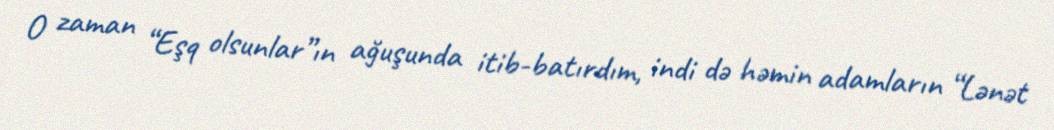
O zaman “Eşq olsunlar”ın ağuşunda itib-batırdım, indi də həmin adamların “Lənət